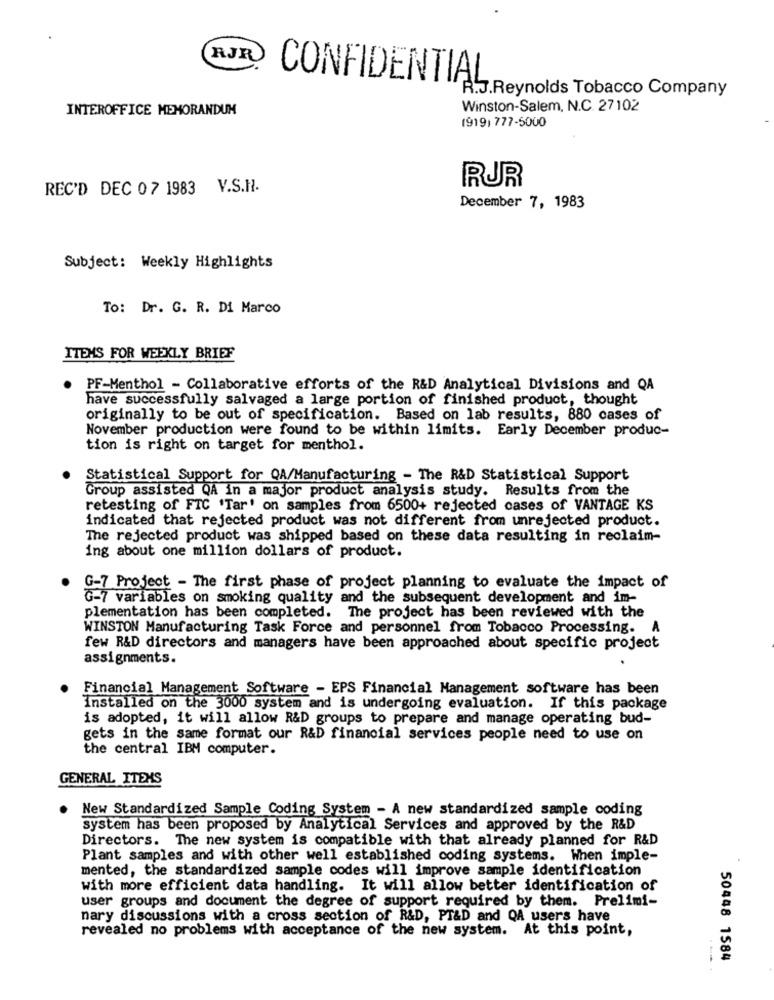
RJR
CONFIDENTIAL
R.J.Reynolds Tobacco Company
INTEROFFICE MEMORANDUM
Winston-Salem, N.C. 27102
1919) 777-5000
REC'D DEC 07 1983 V.S.H.
RJR
December 7, 1983
Subject: Weekly Highlights
To: Dr. G. R. Di Marco
ITEMS FOR WEEKLY BRIEF
PF-Menthol - Collaborative efforts of the R&D Analytical Divisions and QA
have successfully salvaged a large portion of finished product, thought
originally to be out of specification. Based on lab results, 880 cases of
November production were found to be within limits. Early December produc-
tion is right on target for menthol.
Statistical Support for QA/Manufacturing - The R&D Statistical Support
Group assisted QA in a major product analysis study. Results from the
retesting of FTC 'Tar' on samples from 6500+ rejected cases of VANTAGE KS
indicated that rejected product was not different from unrejected product.
The rejected product was shipped based on these data resulting in reclaim-
ing about one million dollars of product.
G-7 Project - The first phase of project planning to evaluate the impact of
G-7 variables on smoking quality and the subsequent development and im-
plementation has been completed. The project has been reviewed with the
WINSTON Manufacturing Task Force and personnel from Tobacco Processing.
A
few R&D directors and managers have been approached about specific project
assignments.
Financial Management Software - EPS Financial Management software has been
Installed on the 3000 system and is undergoing evaluation. If this package
is adopted, it will allow R&D groups to prepare and manage operating bud-
gets in the same format our R&D financial services people need to use on
the central IBM computer.
GENERAL ITEMS
New Standardized Sample Coding System - A new standardized sample coding
system has been proposed by Analytical Services and approved by the R&D
Directors. The new system is compatible with that already planned for R&D
Plant samples and with other well established coding systems. When imple-
mented, the standardized sample codes will improve sample identification
with more efficient data handling. It will allow better identification of
user groups and document the degree of support required by them. Prelimi-
nary discussions with a cross section of R&D, PT&D and QA users have
revealed no problems with acceptance of the new system. At this point,
50448 1584